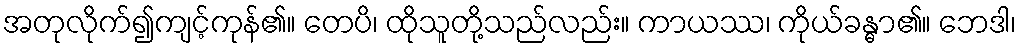
အတုလိုက်၍ကျင့်ကုန်၏။ တေပိ၊ ထိုသူတို့သည်လည်း။ ကာယဿ၊ ကိုယ်ခန္ဓာ၏။ ဘေဒါ၊